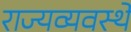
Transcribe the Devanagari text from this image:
राज्यव्यवस्थे